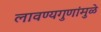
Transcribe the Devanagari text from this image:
लावण्यगुणांमुळे